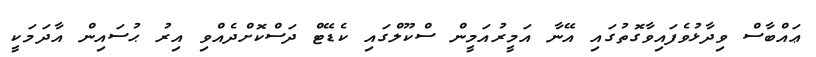
ޢައްބާސް ވިދާޅުވެފައިވާގޮތުގައި އޭނާ އަމީރުއަމީން ސްކޫލްގައި ކެޑޭޓް ދަސްކޮށްދެއްވި އިރު ޙުސައިން އާދަމަކީ